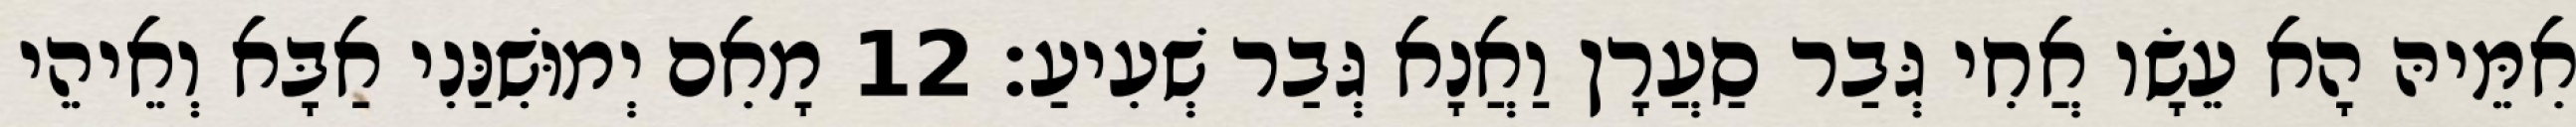
אִמֵּיהּ הָא עֵשָׂו אֲחִי גְּבַר סַעֲרָן וַאֲנָא גְּבַר שְׁעִיעַ׃ 12 מָאִם יְמוּשִׁנַּנִי אַבָּא וְאֵיהֵי